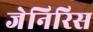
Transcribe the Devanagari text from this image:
जेनिरिस